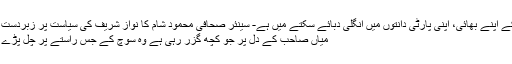
ان کے اپنے بھائی، اپنی پارٹی دانتوں میں انگلی دبائے سکتے میں ہے- سینئر صحافی محمود شام کا نواز شریف کی سیاست پر زبردست کالم
میاں صاحب کے دل پر جو کچھ گزر رہی ہے وہ سوچ کے جس راستے پر چل پڑے ہیں۔